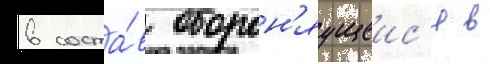
в соста́в оборон'яущеис'я в